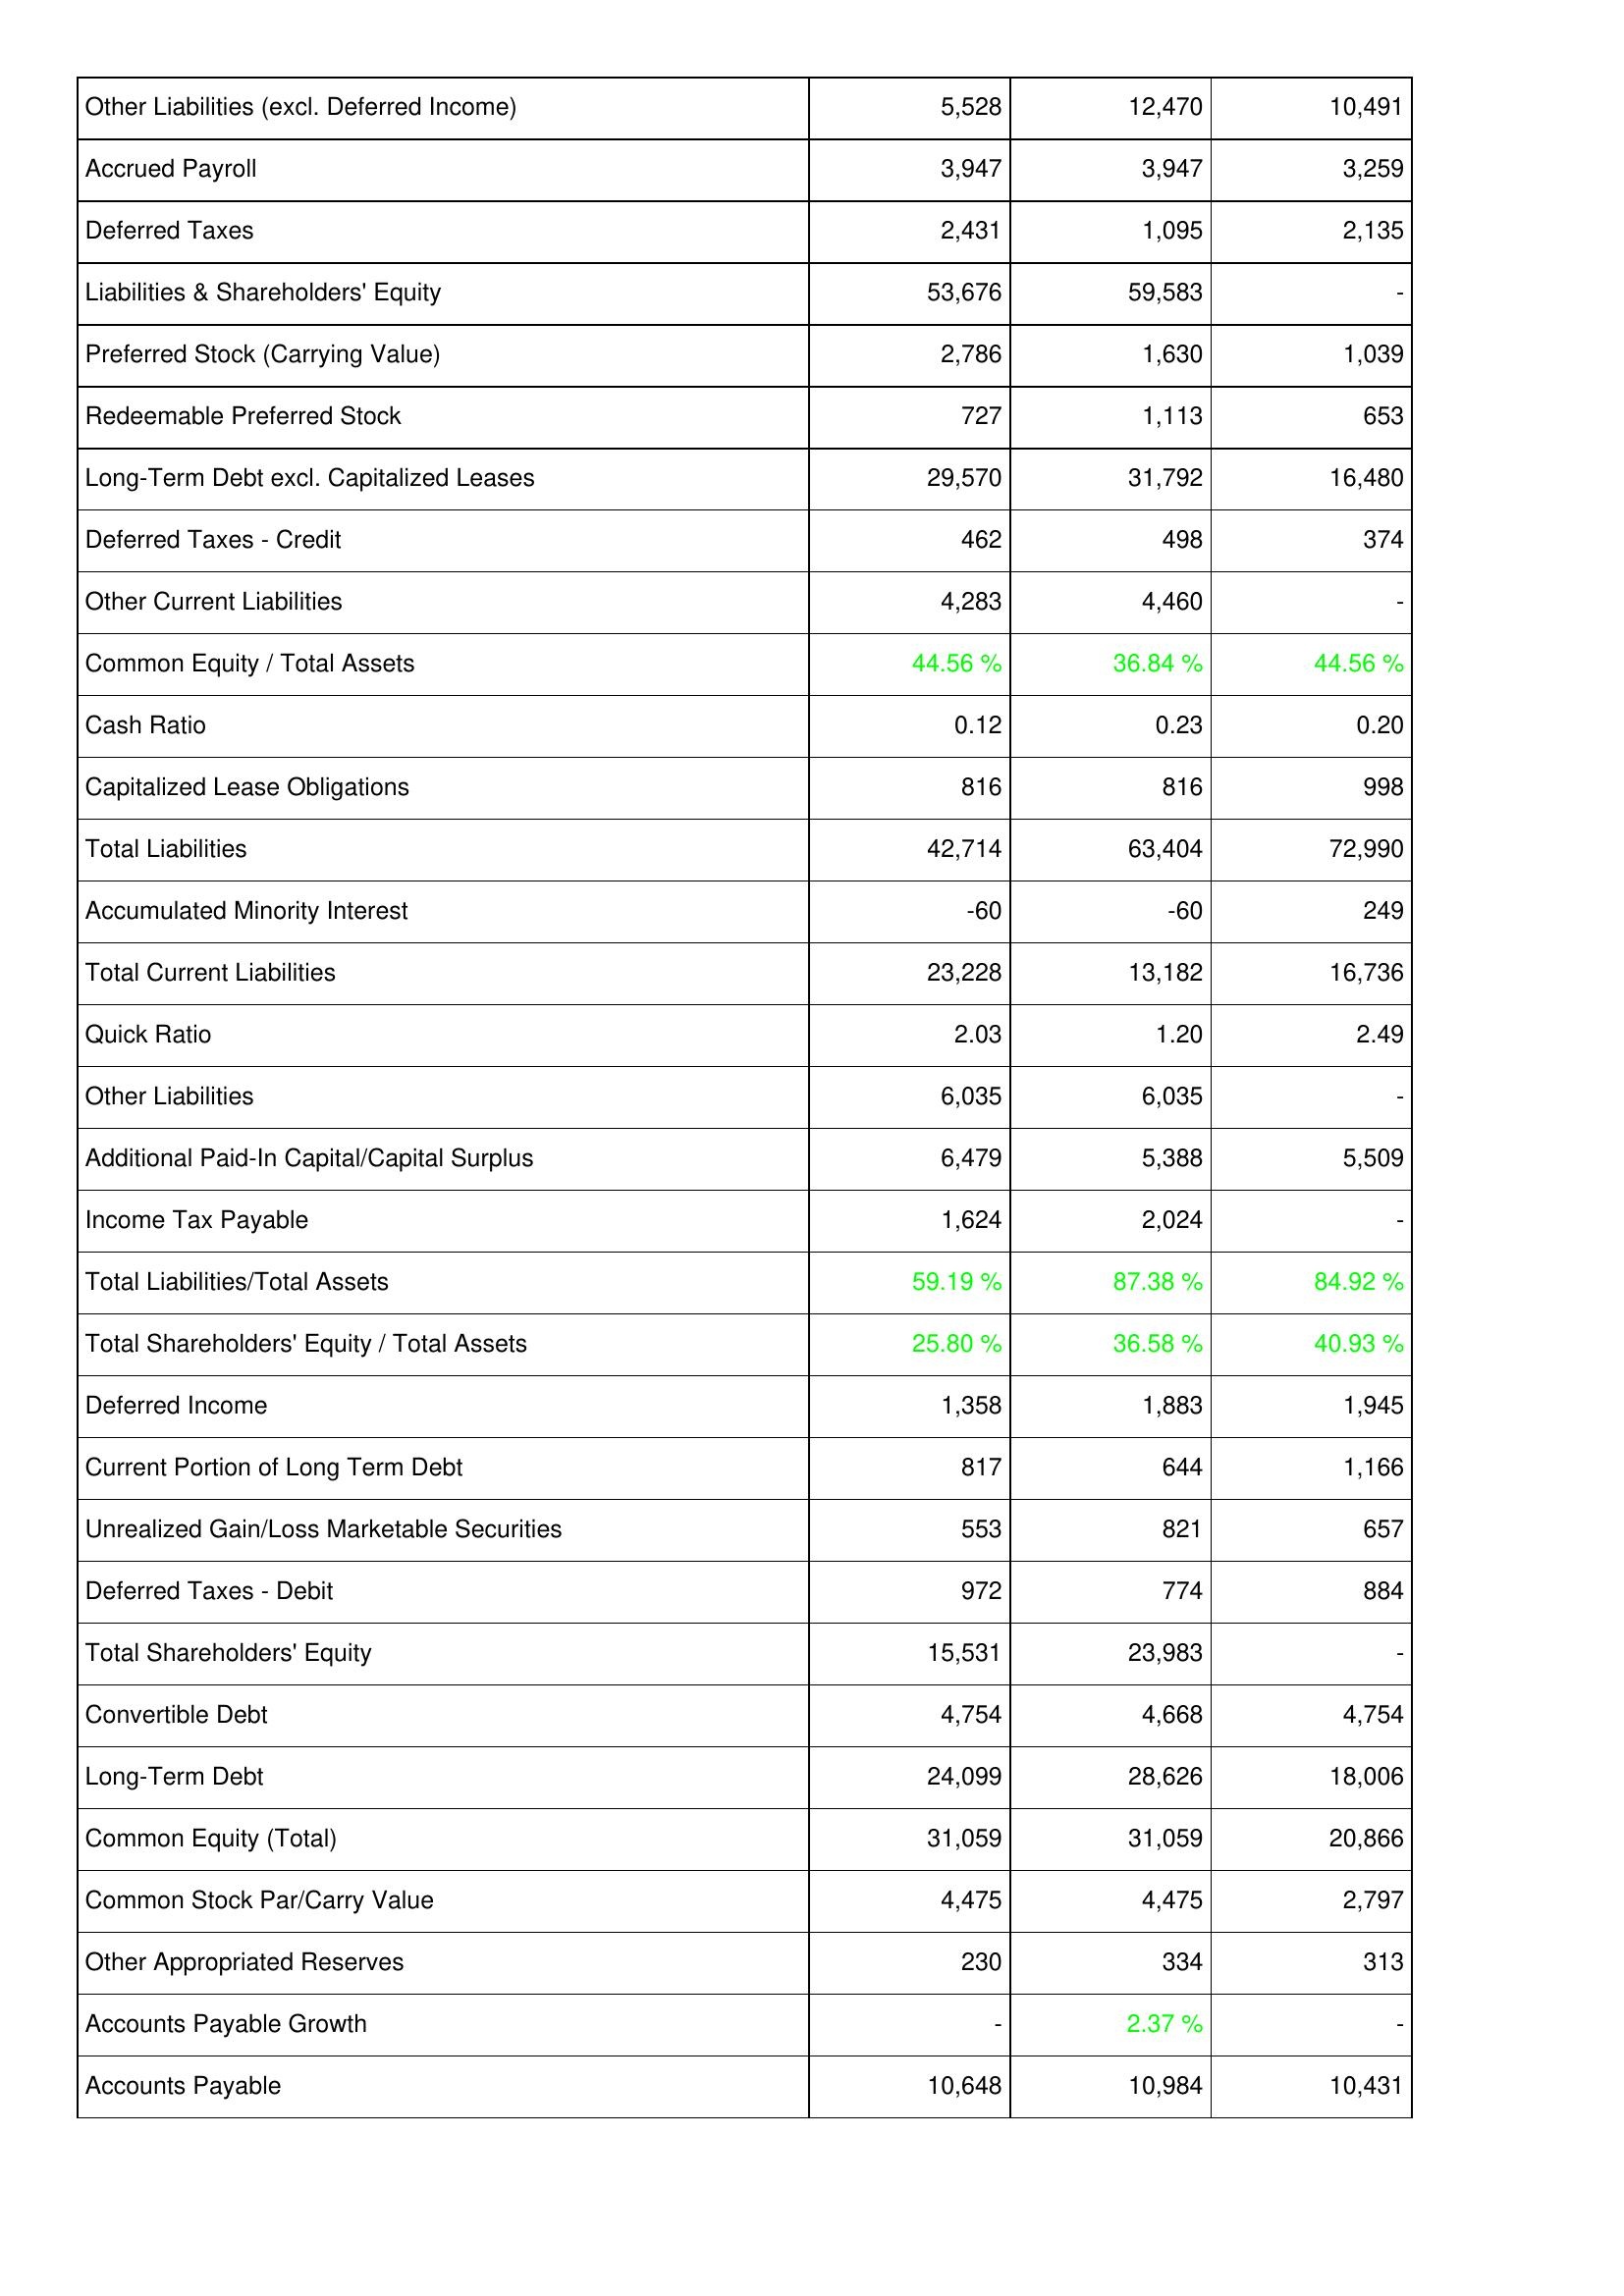
2013: Liabilities & Shareholders' Equity: Other Liabilities (excl. Deferred Income): 5,528
Accrued Payroll: 3,947
Deferred Taxes: 2,431
Liabilities & Shareholders' Equity: 53,676
Preferred Stock (Carrying Value): 2,786
Redeemable Preferred Stock: 727
Long-Term Debt excl. Capitalized Leases: 29,570
Deferred Taxes - Credit: 462
Other Current Liabilities: 4,283
Common Equity / Total Assets: 44.56 %
Cash Ratio: 0.12
Capitalized Lease Obligations: 816
Total Liabilities: 42,714
Accumulated Minority Interest: -60
Total Current Liabilities: 23,228
Quick Ratio: 2.03
Other Liabilities: 6,035
Additional Paid-In Capital/Capital Surplus: 6,479
Income Tax Payable: 1,624
Total Liabilities/Total Assets: 59.19 %
Total Shareholders' Equity / Total Assets: 25.80 %
Deferred Income: 1,358
Current Portion of Long Term Debt: 817
Unrealized Gain/Loss Marketable Securities: 553
Deferred Taxes - Debit: 972
Total Shareholders' Equity: 15,531
Convertible Debt: 4,754
Long-Term Debt: 24,099
Common Equity (Total): 31,059
Common Stock Par/Carry Value: 4,475
Other Appropriated Reserves: 230
Accounts Payable Growth: -
Accounts Payable: 10,648
2014: Liabilities & Shareholders' Equity: Other Liabilities (excl. Deferred Income): 12,470
Accrued Payroll: 3,947
Deferred Taxes: 1,095
Liabilities & Shareholders' Equity: 59,583
Preferred Stock (Carrying Value): 1,630
Redeemable Preferred Stock: 1,113
Long-Term Debt excl. Capitalized Leases: 31,792
Deferred Taxes - Credit: 498
Other Current Liabilities: 4,460
Common Equity / Total Assets: 36.84 %
Cash Ratio: 0.23
Capitalized Lease Obligations: 816
Total Liabilities: 63,404
Accumulated Minority Interest: -60
Total Current Liabilities: 13,182
Quick Ratio: 1.20
Other Liabilities: 6,035
Additional Paid-In Capital/Capital Surplus: 5,388
Income Tax Payable: 2,024
Total Liabilities/Total Assets: 87.38 %
Total Shareholders' Equity / Total Assets: 36.58 %
Deferred Income: 1,883
Current Portion of Long Term Debt: 644
Unrealized Gain/Loss Marketable Securities: 821
Deferred Taxes - Debit: 774
Total Shareholders' Equity: 23,983
Convertible Debt: 4,668
Long-Term Debt: 28,626
Common Equity (Total): 31,059
Common Stock Par/Carry Value: 4,475
Other Appropriated Reserves: 334
Accounts Payable Growth: 2.37 %
Accounts Payable: 10,984
2015: Liabilities & Shareholders' Equity: Other Liabilities (excl. Deferred Income): 10,491
Accrued Payroll: 3,259
Deferred Taxes: 2,135
Liabilities & Shareholders' Equity: -
Preferred Stock (Carrying Value): 1,039
Redeemable Preferred Stock: 653
Long-Term Debt excl. Capitalized Leases: 16,480
Deferred Taxes - Credit: 374
Other Current Liabilities: -
Common Equity / Total Assets: 44.56 %
Cash Ratio: 0.20
Capitalized Lease Obligations: 998
Total Liabilities: 72,990
Accumulated Minority Interest: 249
Total Current Liabilities: 16,736
Quick Ratio: 2.49
Other Liabilities: -
Additional Paid-In Capital/Capital Surplus: 5,509
Income Tax Payable: -
Total Liabilities/Total Assets: 84.92 %
Total Shareholders' Equity / Total Assets: 40.93 %
Deferred Income: 1,945
Current Portion of Long Term Debt: 1,166
Unrealized Gain/Loss Marketable Securities: 657
Deferred Taxes - Debit: 884
Total Shareholders' Equity: -
Convertible Debt: 4,754
Long-Term Debt: 18,006
Common Equity (Total): 20,866
Common Stock Par/Carry Value: 2,797
Other Appropriated Reserves: 313
Accounts Payable Growth: -
Accounts Payable: 10,431